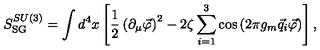
S _ { \mathrm { S G } } ^ { S U ( 3 ) } = \int d ^ { 4 } x \left[ \frac 1 2 \left( \partial _ { \mu } \vec { \varphi } \right) ^ { 2 } - 2 \zeta \sum _ { i = 1 } ^ { 3 } \cos \left( 2 \pi g _ { m } \vec { q } _ { i } \vec { \varphi } \right) \right] ,